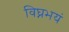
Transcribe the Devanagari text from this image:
विघ्नभयं